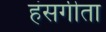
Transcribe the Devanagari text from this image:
हंसगीता